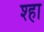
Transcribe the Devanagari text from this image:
श्हा